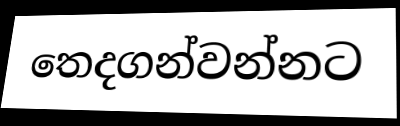
තෙදගන්වන්නට